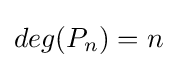
deg(P_{n})=n